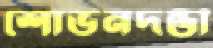
শোভনদন্ডী